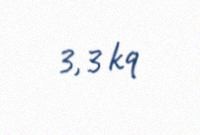
3,3 kq